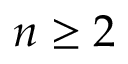
n \ge 2